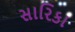
સારિકા